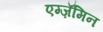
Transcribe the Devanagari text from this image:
एग्ज़ॅमिन